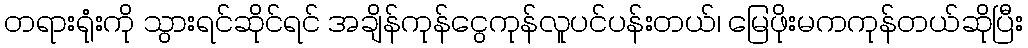
တရားရုံးကို သွားရင်ဆိုင်ရင် အချိန်ကုန်ငွေကုန်လူပင်ပန်းတယ်၊ မြေဖိုးမကကုန်တယ်ဆိုပြီး